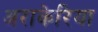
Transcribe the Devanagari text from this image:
अराकेरिया